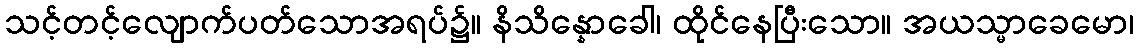
သင့်တင့်လျောက်ပတ်သောအရပ်၌။ နိသိန္နောခေါ၊ ထိုင်နေပြီးသော။ အယသ္မာခေမော၊